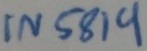
Text: IN5819